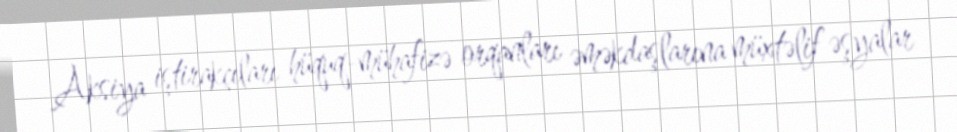
Aksiya iştirakçıları hüquq-mühafizə orqanları əməkdaşlarına müxtəlif əşyalar